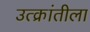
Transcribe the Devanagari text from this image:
उत्क्रांतीला